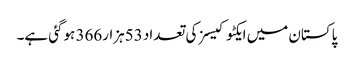
پاکستان میں ایکٹوکیسز کی تعداد 53ہزار366 ہوگئی ہے۔